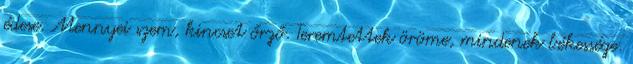
édese. Mennyei szem, kincset őrző. Teremtettek öröme, mindenek békessége.